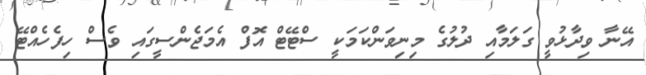
އޭނާ ވިދާޅުވީ ގަލަމާއި ދުލުގެ މިނިވަންކަމަކީ ސްޓޭޓް އޮފް އެމަޖެންސީގައި ވެސް ހިފެހެއްޓޭ